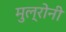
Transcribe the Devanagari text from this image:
मुल्रोनी